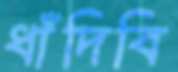
ধাঁদিবি